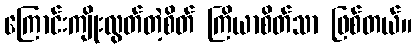
ကြောင်းကျိုးလွတ်တဲ့စိတ် ကြိယာစိတ်သာ ဖြစ်တယ်။